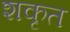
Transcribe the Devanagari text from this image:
शकृत